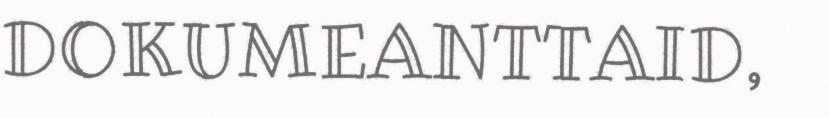
DOKUMEANTTAID,